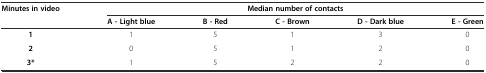
| Minutes in video | <COLSPAN=5> Median number of contacts |
 |  | A - Light blue | B - Red | C - Brown | D - Dark blue | E - Green |
 | --- | --- | --- | --- | --- | --- |
 | 1 | 1 | 5 | 1 | 3 | 0 |
 | 2 | 0 | 5 | 1 | 2 | 0 |
 | 3* | 1 | 5 | 2 | 2 | 0 |